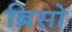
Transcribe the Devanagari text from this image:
ब्रिसो